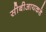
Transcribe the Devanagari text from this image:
सीबीआयकडे